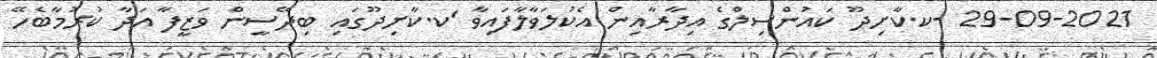
29-09-2021 -ކ.ކާށިދޫ ކައުންސިލްގެ އިދާރާއިންް އެކުލަވާލާފައިވާ 'ކ.ކާށިދޫގައި ބިދޭސީން ވަޒީފާ އަދާ ކުރުމާބެހޭ